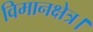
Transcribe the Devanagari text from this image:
विमानक्षेत्र।